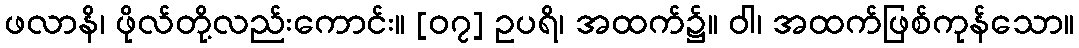
ဖလာနိ၊ ဖိုလ်တို့လည်းကောင်း။ [၀၇] ဥပရိ၊ အထက်၌။ ဝါ၊ အထက်ဖြစ်ကုန်သော။